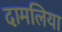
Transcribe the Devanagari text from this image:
दामलिया